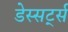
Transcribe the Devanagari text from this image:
डेस्सर्ट्स